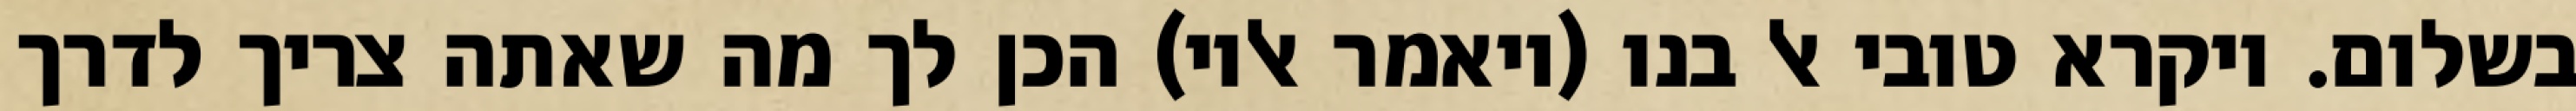
בשלום. ויקרא טובי אל בנו (ויאמר אליו) הכן לך מה שאתה צריך לדרך